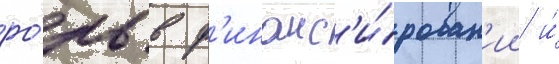
ро́ль в ф'инанс'и́рован'ии и́